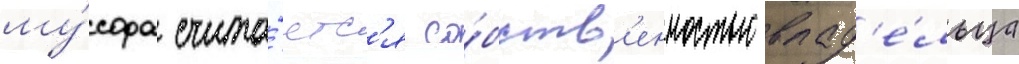
му́сора счита́етс'я со́бств'енностью влад'е́льца